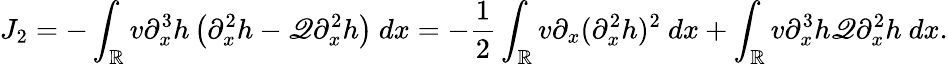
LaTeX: J_{2}=-\int_{\mathbb R}v\partial_{x}^{3}h\left(\partial_{x}^{2}h-\mathscr{Q}\partial_{x}^{2}h\right)\ dx=-\frac{1}{2}\int_{\mathbb R}v\partial_{x}(\partial_{x}^{2}h)^{2}\ dx+\int_{\mathbb R}v\partial_{x}^{3}h\mathscr{Q}\partial_{x}^{2}h\ dx.